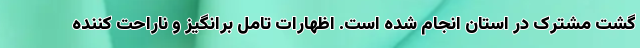
گشت مشترک در استان انجام شده است. اظهارات تامل برانگیز و ناراحت کننده